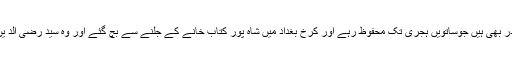
(۲۷)ا ن کے علاوہ دعائوں کے کچھ ایسے ماخذ ومصادر بھی ہیں جوساتویں ہجری تک محفوظ رہے اور کرخ بغداد میں شاہ پور کتاب خانے کے جلنے سے بچ گئے اور وہ سید رضی الد ین ابن طاوئوس (وفات ۶۶۴؁ھ) کے ہاتھوں میں آئے ۔